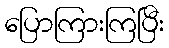
ပြောကြားကြပြီး